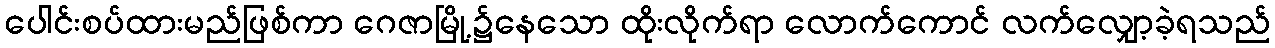
ပေါင်းစပ်ထားမည်ဖြစ်ကာ ဂေဇာမြို့၌နေသော ထိုးလိုက်ရာ လောက်ကောင် လက်လျှော့ခဲ့ရသည်